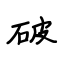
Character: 破